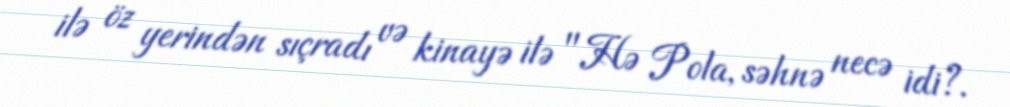
ilə öz yerindən sıçradı və kinayə ilə "Hə Pola, səhnə necə idi?.